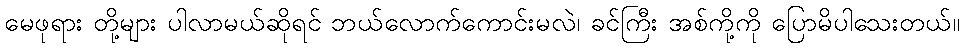
မေဖုရား တို့များ ပါလာမယ်ဆိုရင် ဘယ်လောက်ကောင်းမလဲ၊ ခင်ကြီး အစ်ကို့ကို ပြောမိပါသေးတယ်။